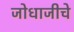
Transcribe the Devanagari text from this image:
जोधाजीचे